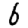
Digit: 6